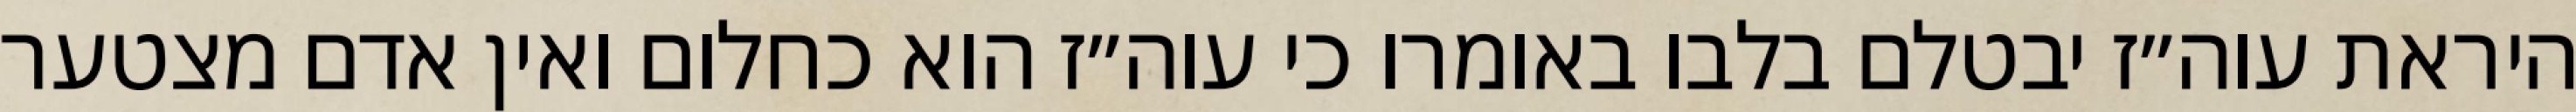
היראת עוה״ז יבטלם בלבו באומרו כי עוה״ז הוא כחלום ואין אדם מצטער